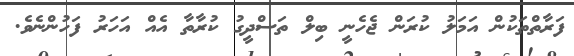
ފަރާތްތަކުން އަމަލު ކުރަން ޖެހެނީ ބިލް ތަސްދީގު ކުރާތާ އެއް އަހަރު ފަހުންނެވެ.